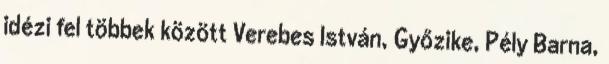
idézi fel többek között Verebes István, Győzike, Pély Barna,